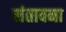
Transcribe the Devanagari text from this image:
संतावना